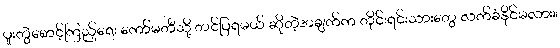
ပူးတွဲစောင့်ကြည့်ရေး ကော်မတီသို့ တင်ပြရမယ် ဆိုတဲ့အချက်က တိုင်းရင်းသားတွေ လက်ခံနိုင်မလား။